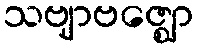
သဗျာဗဇ္ဈော